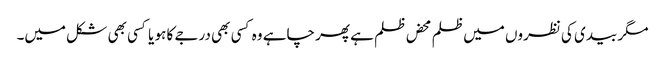
مگر بیدی کی نظروں میں ظلم محض ظلم ہے پھر چاہے وہ کسی بھی درجے کا ہو یا کسی بھی شکل میں۔